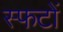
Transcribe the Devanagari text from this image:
स्फटों